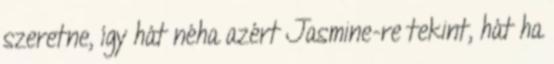
szeretne, így hát néha azért Jasmine-re tekint, hát ha